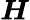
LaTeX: \boldsymbol{H}